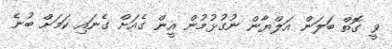
ވީ ގޮތް ބަލަން އަލްޔާން ނުގުޅުމުން އީން ގެއަށް ގެނައި ކަމަށް ބުނެ